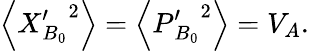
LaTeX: \left\langle X{{_{B_{0}}^{\prime}}^{2}}\right\rangle=\left\langle P{{_{B_{0}}^{\prime}}^{2}}\right\rangle=V_{A}.